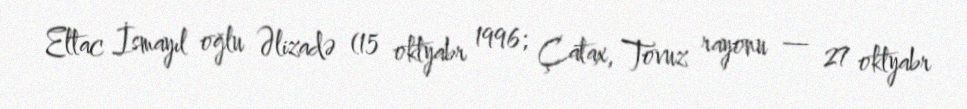
Eltac İsmayıl oğlu Əlizadə (15 oktyabr 1996; Çatax, Tovuz rayonu — 27 oktyabr